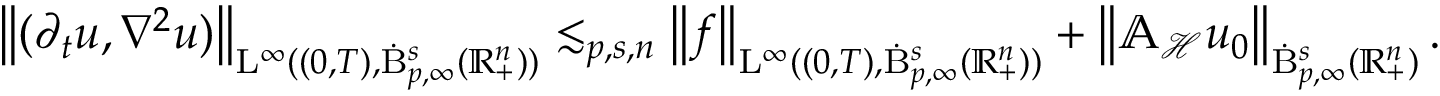
\begin{array} { r } { \left\lVert ( \partial _ { t } u , \nabla ^ { 2 } u ) \right\rVert _ { \mathrm { L } ^ { \infty } ( ( 0 , T ) , \dot { \mathrm { B } } _ { p , \infty } ^ { s } ( \mathbb { R } _ { + } ^ { n } ) ) } \lesssim _ { p , s , n } \left\lVert f \right\rVert _ { \mathrm { L } ^ { \infty } ( ( 0 , T ) , \dot { \mathrm { B } } _ { p , \infty } ^ { s } ( \mathbb { R } _ { + } ^ { n } ) ) } + \left\lVert \mathbb { A } _ { \mathcal { H } } u _ { 0 } \right\rVert _ { \dot { \mathrm { B } } _ { p , \infty } ^ { s } ( \mathbb { R } _ { + } ^ { n } ) } . } \end{array}